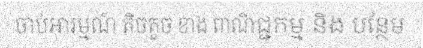
ចាប់អារម្មណ៍ តិចតួច ខាង ពាណិជ្ជកម្ម និង បន្ថែម